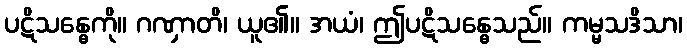
ပဋိသန္ဓေကို။ ဂဏှာတိ၊ ယူ၏။ အယံ၊ ဤပဋိသန္ဓေသည်။ ကမ္မသဒိသာ၊